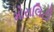
મોરાલિટી